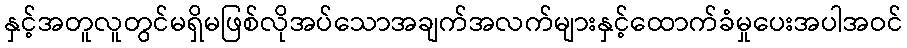
နှင့်အတူလူတွင်မရှိမဖြစ်လိုအပ်သောအချက်အလက်များနှင့်ထောက်ခံမှုပေးအပါအဝင်